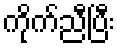
ကိုက်ညီပြီး